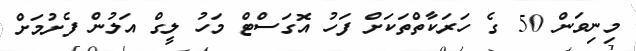
މިނިވަން 50 ގެ ހަރަކާތްތަކަށް ފަހު އޮގަސްޓް މަހު ލީގް އަލުން ފެށުމަށް